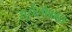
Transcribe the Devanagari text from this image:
सूर्यलोकात